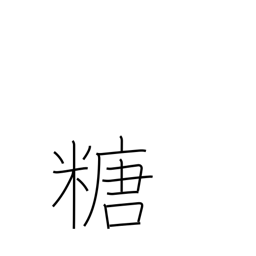
Meaning: sugar